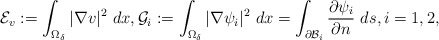
\begin{align*} \mathcal{E}_v:= \int_{\Omega_\delta}|\nabla v|^2~dx, \mathcal{G}_i:= \int_{\Omega_\delta}|\nabla \psi_i|^2~dx=\int_{\partial \mathcal{B}_i}\frac{\partial \psi_i}{\partial n}~ds, i=1,2,\end{align*}